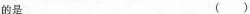
的是 （）